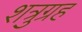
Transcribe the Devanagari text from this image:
शत्रुग्रह